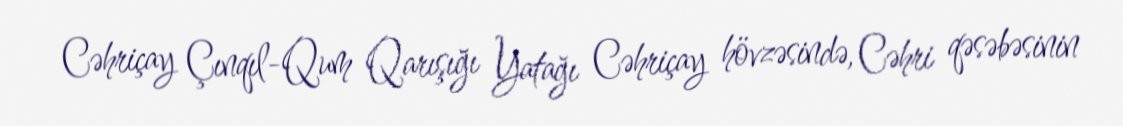
Cəhriçay Çınqıl-Qum Qarışığı Yatağı Cəhriçay hövzəsində, Cəhri qəsəbəsinin